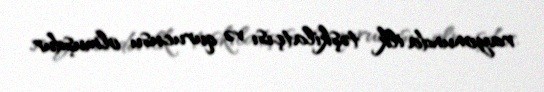
rayonunda ilk təşkilatçısı və qurucusu olmuşdur.